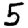
Digit: 5